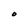
Character: O